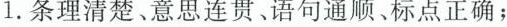
1.条理清楚、意思连贯、语句通顺、标点正确；